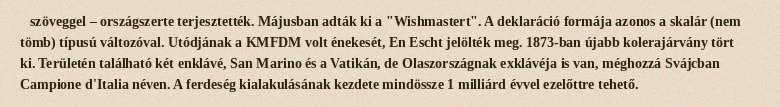
szöveggel – országszerte terjesztették. Májusban adták ki a "Wishmastert". A deklaráció formája azonos a skalár (nem tömb) típusú változóval. Utódjának a KMFDM volt énekesét, En Escht jelölték meg. 1873-ban újabb kolerajárvány tört ki. Területén található két enklávé, San Marino és a Vatikán, de Olaszországnak exklávéja is van, méghozzá Svájcban Campione d'Italia néven. A ferdeség kialakulásának kezdete mindössze 1 milliárd évvel ezelőttre tehető.